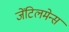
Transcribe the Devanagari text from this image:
जेंटिलमेन्स